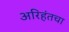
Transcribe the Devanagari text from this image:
अरिहंतचा